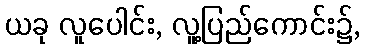
ယခု လူပေါင်း, လူ့ပြည်ကောင်း၌,